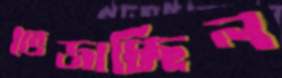
ভেজাচ্ছিল